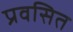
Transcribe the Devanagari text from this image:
प्रवसित